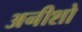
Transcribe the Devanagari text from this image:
अनीशो